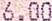
6.00